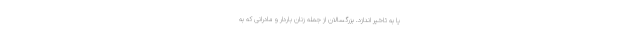
یا به تاخیر اندازد. بزرگسالان از جمله زنان باردار و مادرانی که به